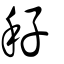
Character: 秄